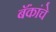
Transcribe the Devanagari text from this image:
बॅंकांचे